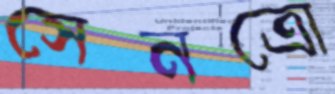
সেনত্রো